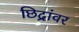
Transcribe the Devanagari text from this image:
छिद्रांवर